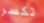
تكسر